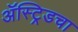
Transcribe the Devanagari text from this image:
ॲस्ट्रिडचा